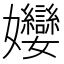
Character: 𭒵